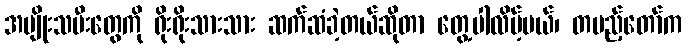
အမျိုးသမီးတွေကို ရိုးရိုးသားသား ဆက်ဆံခဲ့တယ်ဆိုတာ တွေ့ပါလိမ့်မယ်၊ တပည့်တော်က